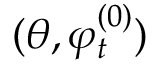
( \theta , \varphi _ { t } ^ { ( 0 ) } )